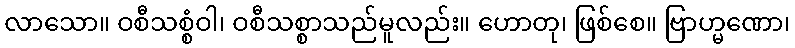
လာသော။ ဝစီသစ္စံဝါ၊ ဝစီသစ္စာသည်မူလည်း။ ဟောတု၊ ဖြစ်စေ။ ဗြာဟ္မဏော၊